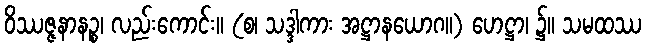
ဝိဿဇ္ဇနာနဉ္စ၊ လည်းကောင်း။ (စ၊ သဒ္ဒါကား အဋ္ဌာနယောဂ။) ဟေဋ္ဌာ၊ ၌။ သမထဿ